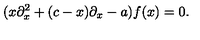
( x \partial _ { x } ^ { 2 } + ( c - x ) \partial _ { x } - a ) f ( x ) = 0 .